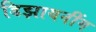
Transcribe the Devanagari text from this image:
डिझायनींग